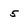
Character: 5